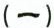
(一)